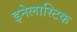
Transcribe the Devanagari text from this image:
इनेलास्टिक